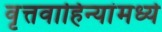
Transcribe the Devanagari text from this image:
वृत्तवाहिन्यांमध्ये